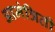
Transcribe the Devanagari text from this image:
आमंत्रिती